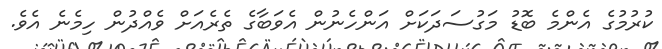
ކުރުމުގެ އެންމެ ބޮޑު މަގުސަދަކަށް އަންހެނުން އެވަބާގެ ތެރެއަށް ވެއްދުން ހިމެނެ އެވެ.